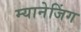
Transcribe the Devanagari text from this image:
म्यानेजिंग